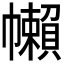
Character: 𢅭